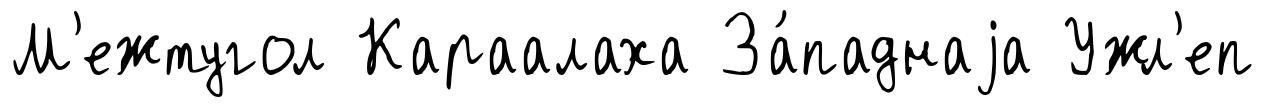
М'ежтугол Караалаха За́паднаjа Ужл'еп